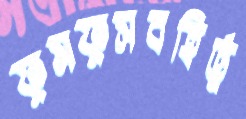
ফুসফুসবহির্ভূ